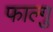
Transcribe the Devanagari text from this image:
फाल्गु